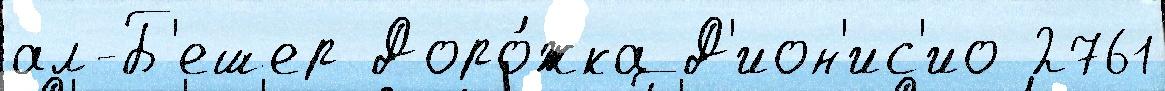
ал-Б'ешер Доро́жка Д'ион'ис'ио 2761